Annual administration report of the Civil Veterinary Department, Ajmere-Merwara, British Rajputana - 1914-1940
Year: 1914
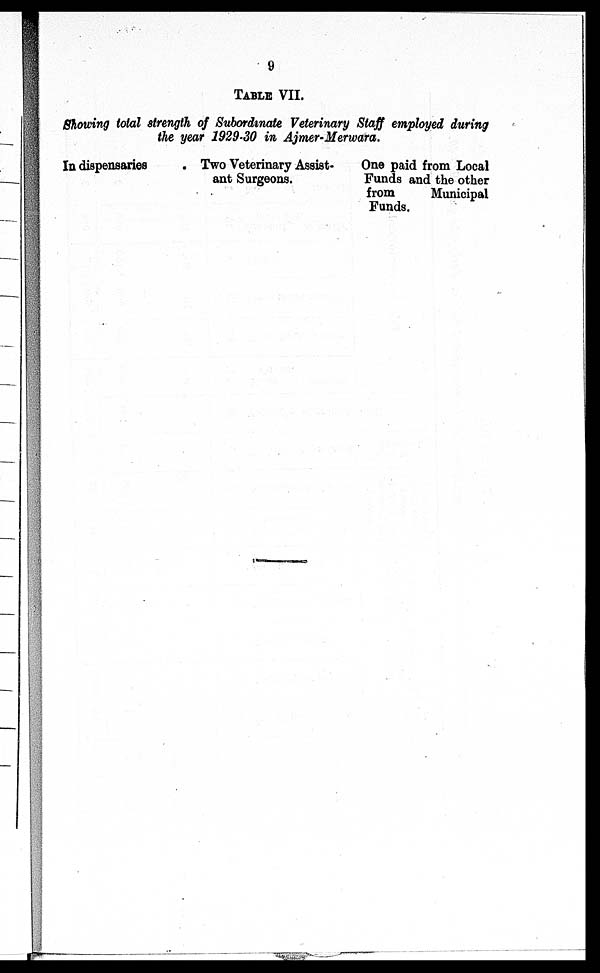
9
TABLE VII.
Showing total strength of Subordinate Veterinary Staff employed during
the year 1929-30 in Ajmer-Merwara.
In dispensaries
Two Veterinary Assist-
ant Surgeons.
One paid from Local
Funds and the other
from
Municipal
Funds.